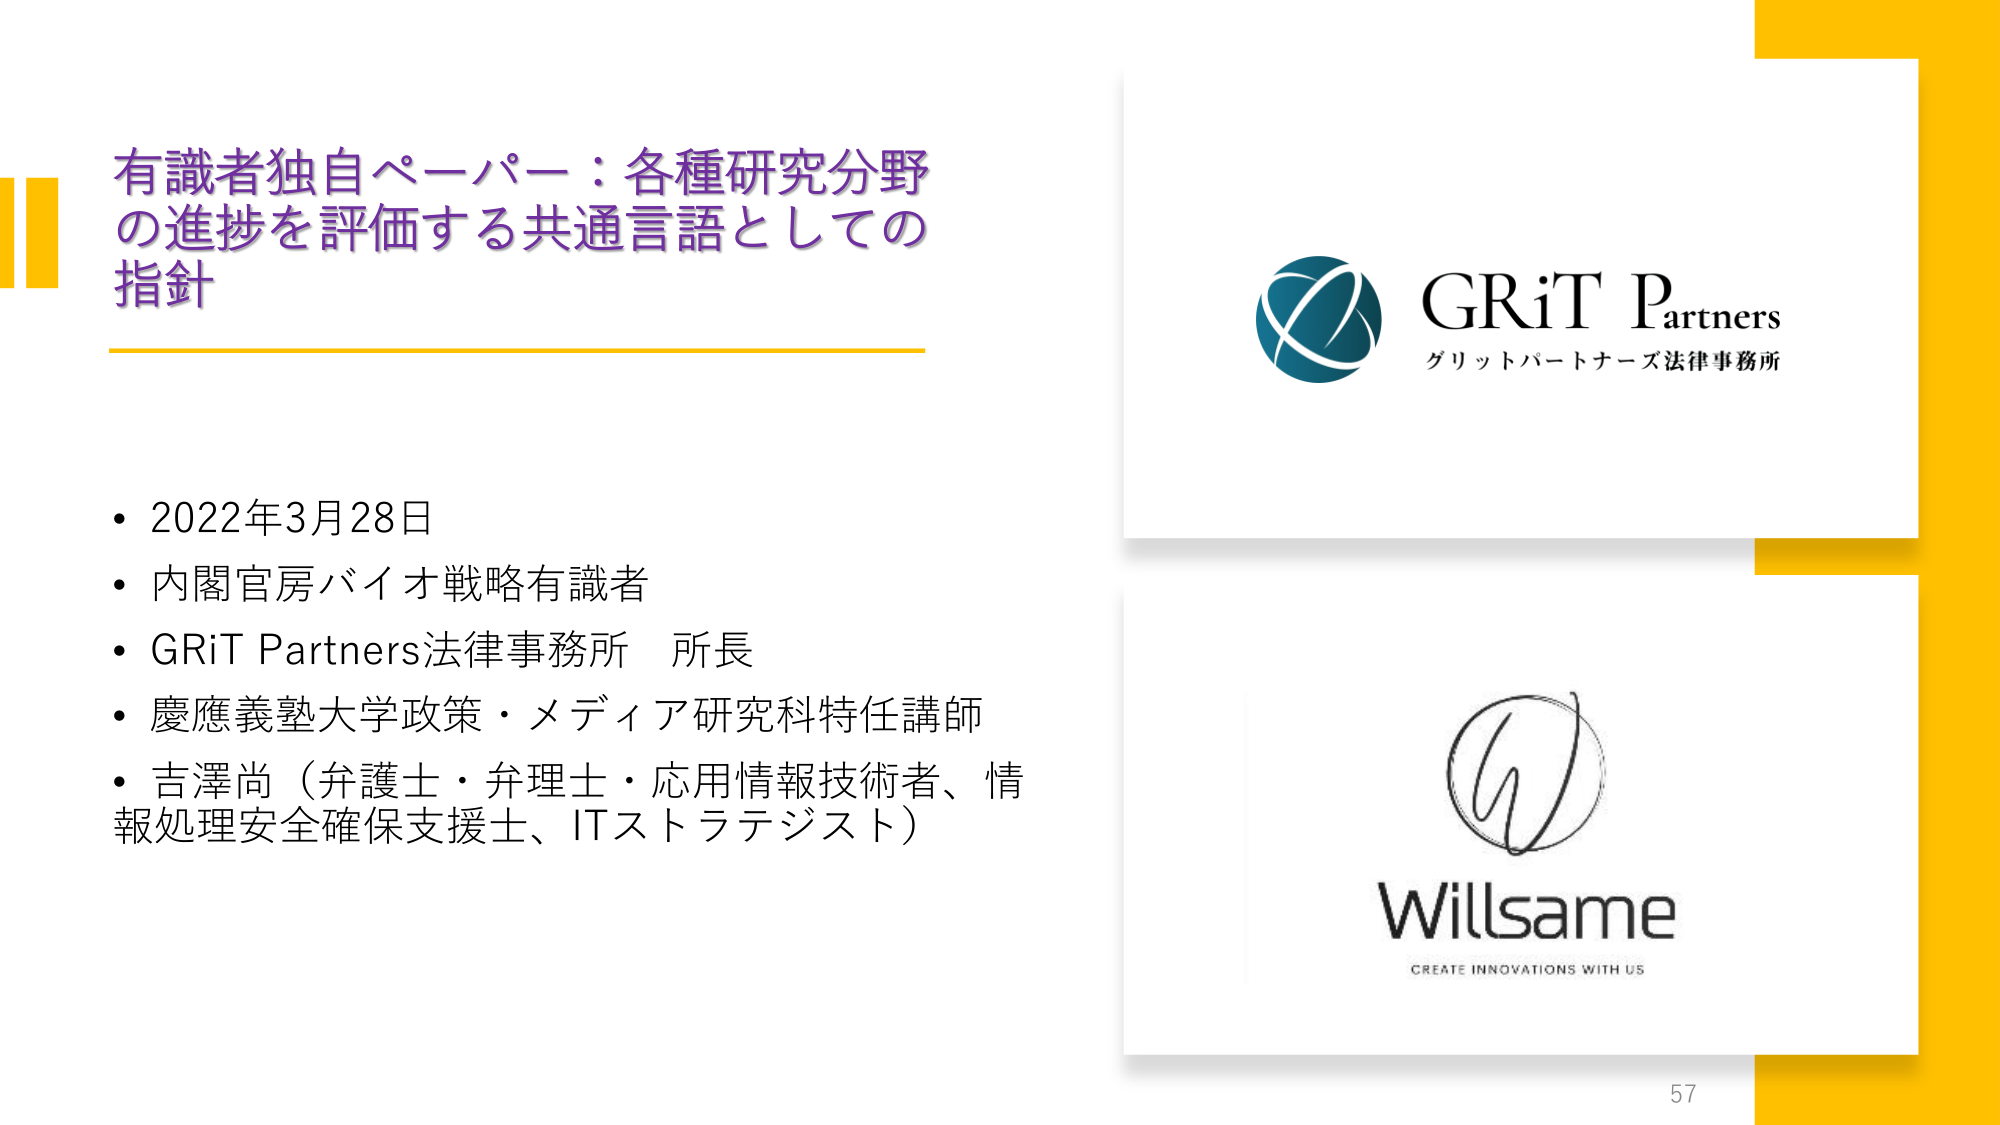
有識者独自ペーパー：各種研究分野
の進捗を評価する共通言語としての
指針

• 2022年3月28日
• 内閣官房バイオ戦略有識者
• GRiT Partners法律事務所 所長
• 慶應義塾大学政策・メディア研究科特任講師
• 吉澤尚（弁護士・弁理士・応用情報技術者、情報処理安全確保支援士、ITストラテジスト）

GRiT Partners
グリットパートナーズ法律事務所

Willsame
CREATE INNOVATIONS WITH US

57